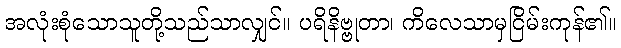
အလုံးစုံသောသူတို့သည်သာလျှင်။ ပရိနိဗ္ဗုတာ၊ ကိလေသာမှငြိမ်းကုန်၏။